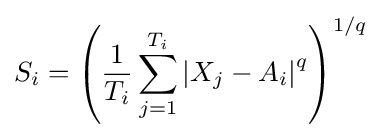
S_{i}=\left({\frac {1}{T_{i}}}\sum _{j=1}^{T_{i}}{\left|X_{j}-A_{i}\right|^{q}}\right)^{1/q}